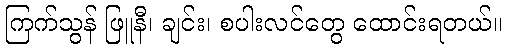
ကြက်သွန် ဖြူနီ၊ ချင်း၊ စပါးလင်တွေ ထောင်းရတယ်။